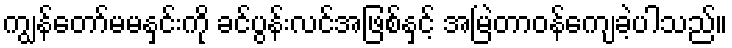
ကျွန်တော်မမနှင်းကို ခင်ပွန်းလင်အဖြစ်နှင့် အမြဲတာဝန်ကျေခဲ့ပါသည်။